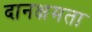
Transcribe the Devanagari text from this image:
दानक्षमता